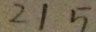
2 1 5